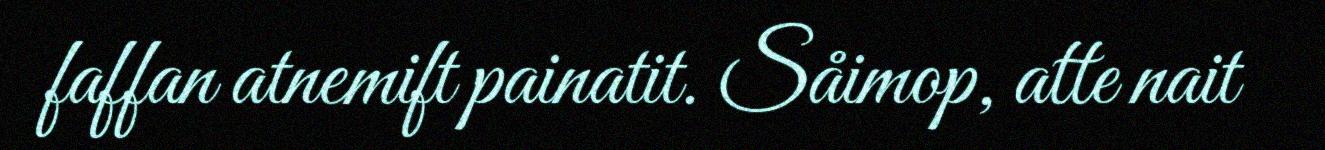
faffan atnemift painatit. Såimop, atte nait